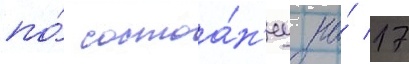
по́ состоа́н'иу на́ 17